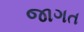
જાગત